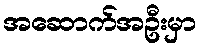
အဆောက်အဦးမှာ